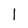
Character: 1